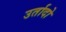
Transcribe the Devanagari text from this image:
उर्तादो